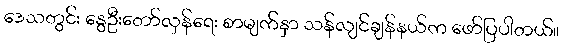
ဒေသတွင်း နွေဦးတော်လှန်ရေး စာမျက်နှာ သန်လျင်ချန်နယ်က ဖော်ပြပါတယ်။